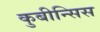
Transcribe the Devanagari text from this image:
कुबीन्सिस